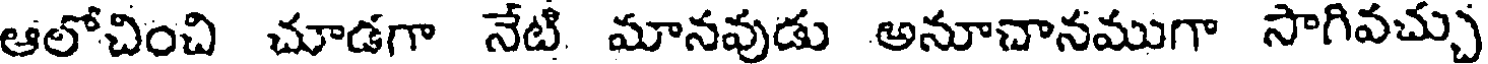
ఆలోచించి చూడగా నేటి మానవుడు అనూచానముగా సాగివచ్చు